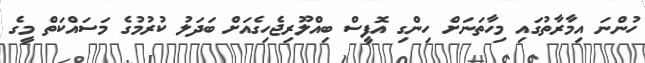
ހުންނަ އިމާރާތުގައި މިހާތަނަށް ހިންގި އޮފީސް ބިއްލޫރިޖެހިގެއަށް ބަދަލު ކުރުމުގެ މަސައްކަތް މީގެ